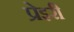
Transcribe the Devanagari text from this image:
प्रेइरी